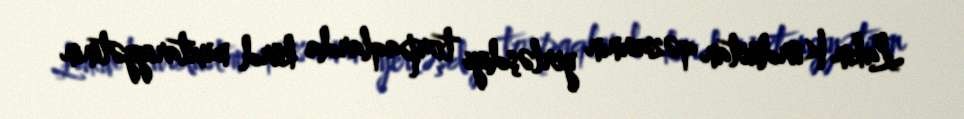
Lakin Kürdüstan qəzasının yerləşdiyi torpaqlarda kürd muxtariyyətinin